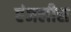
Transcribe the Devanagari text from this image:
एंजलीस